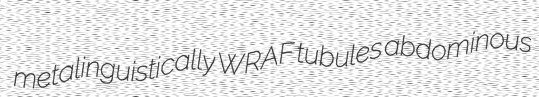
metalinguistically WRAF tubules abdominous